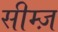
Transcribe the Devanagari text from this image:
सीम्ज़